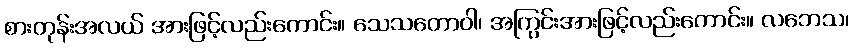
စားတုန်းအလယ် အားဖြင့်လည်းကောင်း။ သေသတောဝါ၊ အကြွင်းအားဖြင့်လည်းကောင်း။ လဘေသ၊